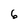
Character: 6